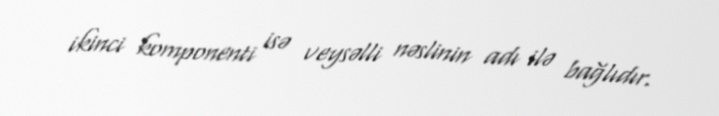
ikinci komponenti isə veysəlli nəslinin adı ilə bağlıdır.